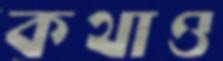
কথাও